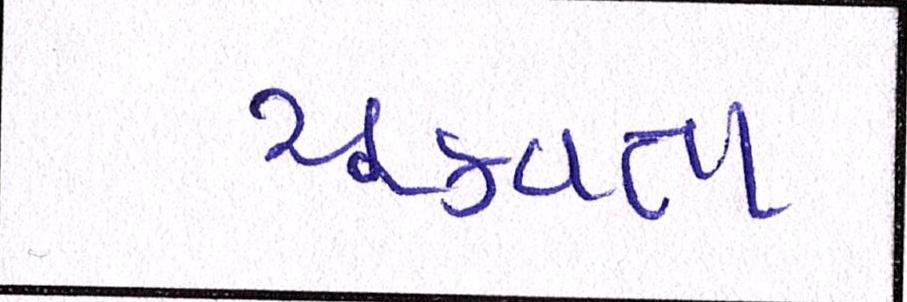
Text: ચૂકવતા